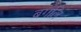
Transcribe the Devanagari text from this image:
बगलि